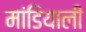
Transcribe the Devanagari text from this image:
मांडियाली